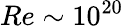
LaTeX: Re\sim 10^{20}